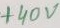
Text: +40V